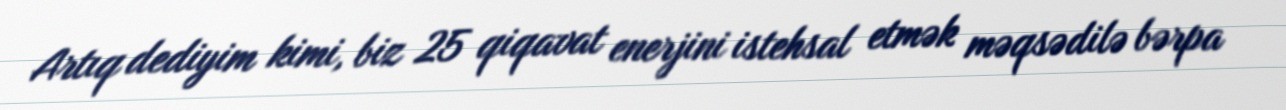
Artıq dediyim kimi, biz 25 qiqavat enerjini istehsal etmək məqsədilə bərpa